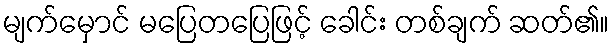
မျက်မှောင် မပြေတပြေဖြင့် ခေါင်း တစ်ချက် ဆတ်၏။